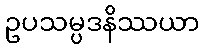
ဥပသမ္ပဒနိဿယာ